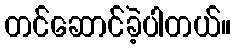
တင်ဆောင်ခဲ့ပါတယ်။